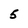
Character: 5